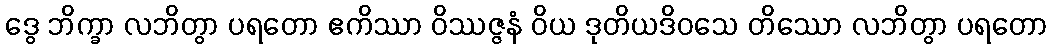
ဒွေ ဘိက္ခာ လဘိတွာ ပရတော ဧကိဿာ ဝိဿဇ္ဇနံ ဝိယ ဒုတိယဒိဝသေ တိဿော လဘိတွာ ပရတော